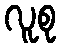
လူစု